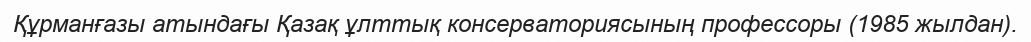
Құрманғазы атындағы Қазақ ұлттық консерваториясының профессоры (1985 жылдан).